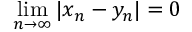
\operatorname* { l i m } _ { n \to \infty } | x _ { n } - y _ { n } | = 0